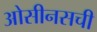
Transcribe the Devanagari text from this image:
ओसीनसची